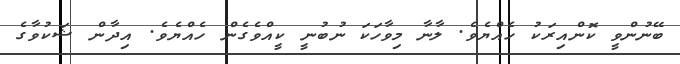
ބޭނުންވީ ކޮންއިރަކު ހެއްޔެވެ. ލާނާ މިވާހަކަ ނުބުނީ ކީއްވެގެން ހެއްޔެވެ. އިދާން ޝަކުވާގެ